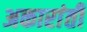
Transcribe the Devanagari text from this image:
अकारांती